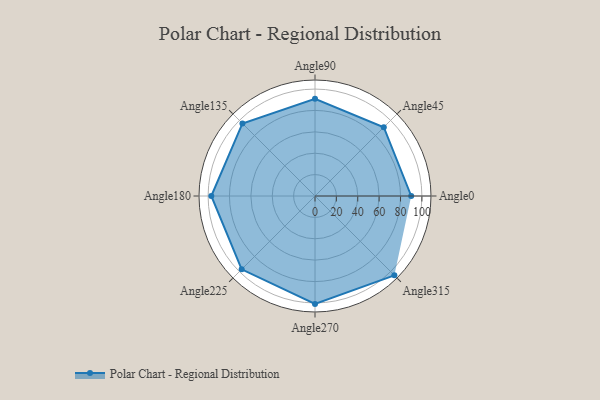
{"axis": {"x": "Angle", "y": "Radius"}, "legend": [""], "data": [{"x": "Angle0", "y": 90.0, "type": ""}, {"x": "Angle45", "y": 91.0, "type": ""}, {"x": "Angle90", "y": 91.0, "type": ""}, {"x": "Angle135", "y": 96.0, "type": ""}, {"x": "Angle180", "y": 97.0, "type": ""}, {"x": "Angle225", "y": 97.0, "type": ""}, {"x": "Angle270", "y": 101.0, "type": ""}, {"x": "Angle315", "y": 105.0, "type": ""}]}